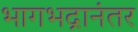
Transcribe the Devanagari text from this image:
भागभद्रानंतर